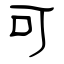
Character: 可